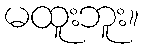
မထူးဘူး။